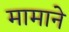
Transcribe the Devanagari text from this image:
मामाने